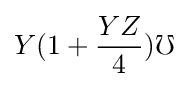
Y(1+{\frac {YZ}{4}})\mho